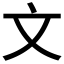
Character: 文